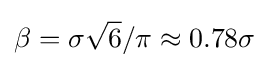
\beta =\sigma {\sqrt {6}}/\pi \approx 0.78\sigma